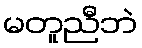
မတူညီဘဲ